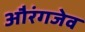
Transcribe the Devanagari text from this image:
औरंगजेव